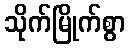
သိုက်မြိုက်စွာ